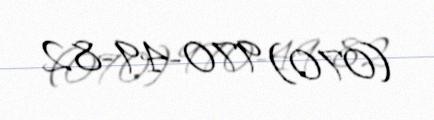
(070) 970-49-82